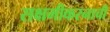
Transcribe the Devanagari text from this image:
सक्षमीकरनाची